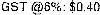
GST @6%: $0.40